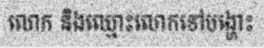
លោក និងឈ្មោះលោកទៅបង្ហោះ